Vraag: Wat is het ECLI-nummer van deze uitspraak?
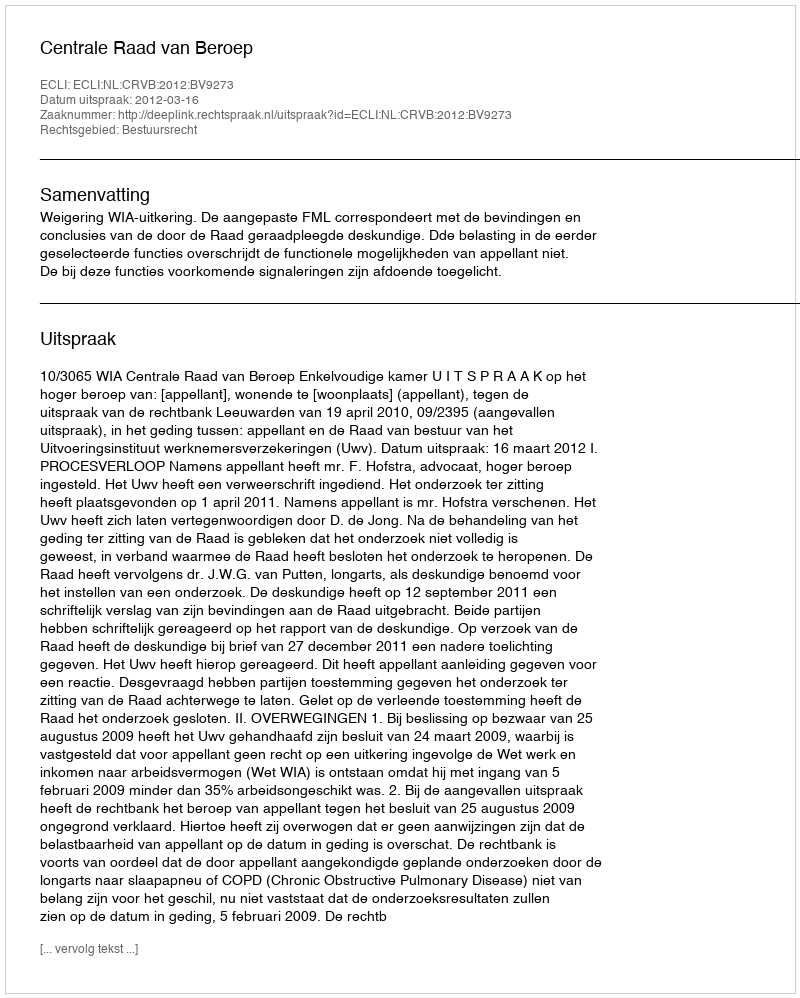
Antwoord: ECLI:NL:CRVB:2012:BV9273